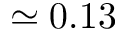
\simeq 0 . 1 3